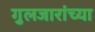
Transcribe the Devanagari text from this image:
गुलजारांच्या